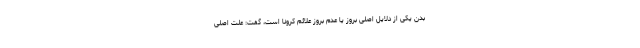
بدن یکی از دلایل اصلی بروز یا عدم بروز علائم کرونا است، گفت: علت اصلی